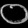
Digit: ၀